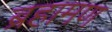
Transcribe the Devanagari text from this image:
ब्रहामण